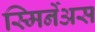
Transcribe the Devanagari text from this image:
स्मिर्नेअस